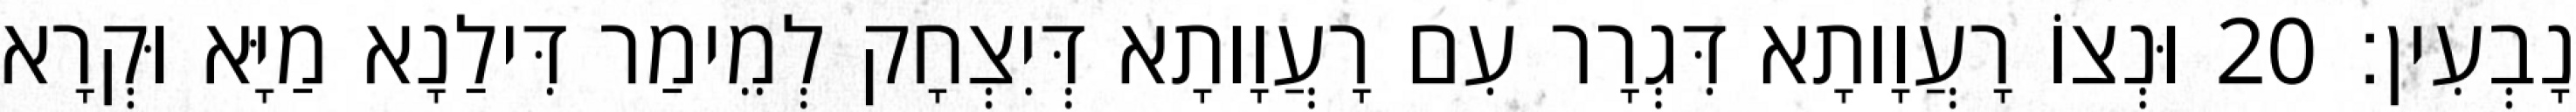
נָבְעִין׃ 20 וּנְצוֹ רָעֲוָותָא דִּגְרָר עִם רָעֲוָותָא דְּיִצְחָק לְמֵימַר דִּילַנָא מַיָּא וּקְרָא